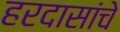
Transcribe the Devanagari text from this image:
हरदासांचे